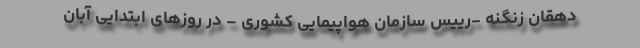
دهقان زنگنه -رییس سازمان هواپیمایی کشوری – در روزهای ابتدایی آبان